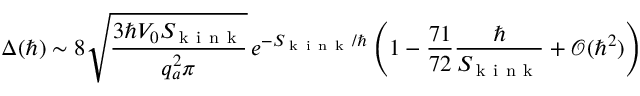
\Delta ( \hbar ) \sim 8 \sqrt { \frac { 3 \hbar V _ { 0 } S _ { \! \mathrm { ~ k ~ i ~ n ~ k ~ } } } { q _ { a } ^ { 2 } \pi } } \, e ^ { - S _ { \! \mathrm { ~ k ~ i ~ n ~ k ~ } } / \hbar } \left( 1 - \frac { 7 1 } { 7 2 } \frac { \hbar } { S _ { \! \mathrm { ~ k ~ i ~ n ~ k ~ } } } + \mathcal { O } ( \hbar ^ { 2 } ) \right)